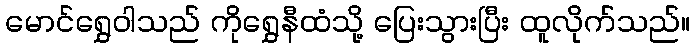
မောင်ရွှေဝါသည် ကိုရွှေနီထံသို့ ပြေးသွားပြီး ထူလိုက်သည်။